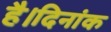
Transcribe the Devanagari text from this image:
है।दिनांक